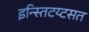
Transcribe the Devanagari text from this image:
इन्स्तिटय्टसत